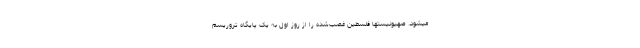
میشود. صهیونیستها فلسطین غصب‌شده را از روز اوّل به یک پایگاه تروریسم